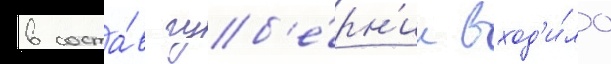
в соста́в губ'е́рн'ии вход'и́ло